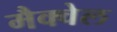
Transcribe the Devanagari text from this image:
मैक्वेल